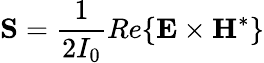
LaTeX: \mathbf S=\frac{1}{2I_{0}}Re\{ \mathbf E\times\mathbf H^{*}\}